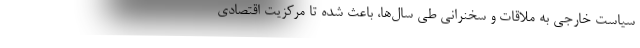
سیاست خارجی به ملاقات و سخنرانی طی سال‌ها، باعث شده تا مرکزیتِ اقتصادی